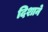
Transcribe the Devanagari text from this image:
दिशाने